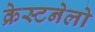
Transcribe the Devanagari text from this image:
क्रेस्टनेलो